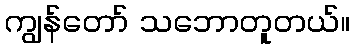
ကျွန်တော် သဘောတူတယ်။